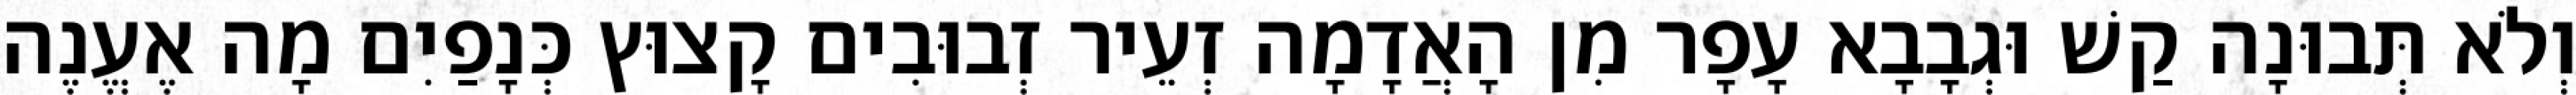
וְלֹא תְּבוּנָה קַשׁ וּגְבָבָא עָפָר מִן הָאֲדָמָה זְעֵיר זְבוּבִים קָצוּץ כְּנָפַיִם מָה אֶעֱנֶה